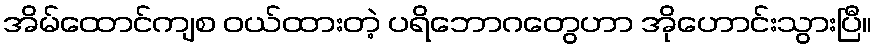
အိမ်ထောင်ကျစ ဝယ်ထားတဲ့ ပရိဘောဂတွေဟာ အိုဟောင်းသွားပြီ။